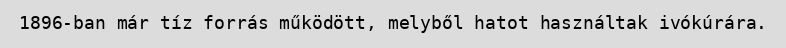
1896-ban már tíz forrás működött, melyből hatot használtak ivókúrára.